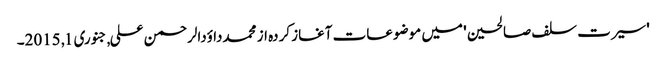
'سیرت سلف صالحین' میں موضوعات آغاز کردہ از محمدداؤدالرحمن علی, ‏جنوری 1, 2015۔